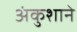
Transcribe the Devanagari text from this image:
अंकुशाने